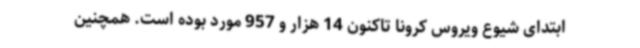
ابتدای شیوع ویروس کرونا تاکنون 14 هزار و 957 مورد بوده است. همچنین